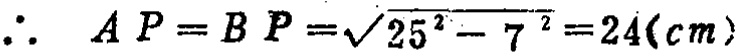
\(\therefore\ AP = BP=\sqrt{25^{2}-7^{2}} = 24(cm)\)